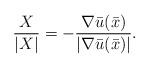
LaTeX: \begin{align*}\frac{X}{|X|} =-\frac{\nabla \bar u (\bar x)}{| \nabla \bar u (\bar x) |}.\end{align*}